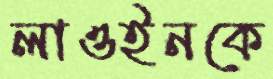
লাওইনকে